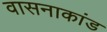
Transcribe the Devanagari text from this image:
वासनाकांड